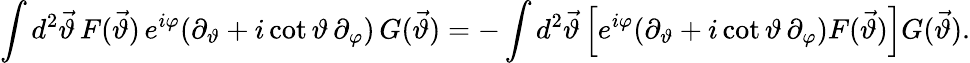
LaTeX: \int d^{2}\vec{\vartheta}\, F(\vec{\vartheta})\, e^{i\varphi}(\partial_{\vartheta}+i\cot\vartheta\, \partial_{\varphi})\, G(\vec{\vartheta})=-\int d^{2}\vec{\vartheta}\left[e^{i\varphi}(\partial_{\vartheta}+i\cot\vartheta\, \partial_{\varphi})F(\vec{\vartheta})\right]G(\vec{\vartheta}).